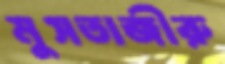
মুসতাজীরু